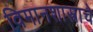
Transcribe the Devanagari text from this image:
विमानशास्त्राचे